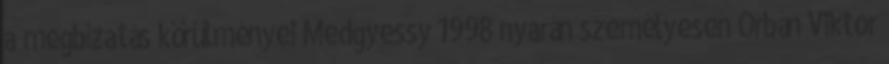
a megbízatás körülményei Medgyessy 1998 nyarán személyesen Orbán Viktor